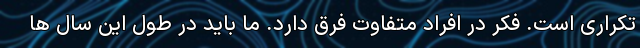
تکراری است. فکر در افراد متفاوت فرق دارد. ما باید در طول این سال ها